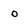
Character: o